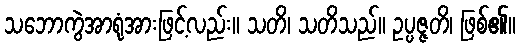
သဘောကွဲအာရုံအားဖြင့်လည်း။ သတိ၊ သတိသည်။ ဥပ္ပဇ္ဇတိ၊ ဖြစ်၏။